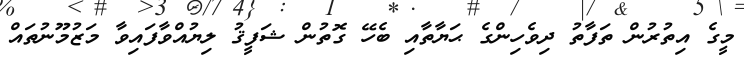
މީގެ އިތުރުން ތަފާތު ދިވެހިންގެ ޙަޔާތާއި ބެހޭ ގޮތުން ޝަފީޤު ލިޔުއްވާފައިވާ މަޒުމޫނުތައް